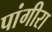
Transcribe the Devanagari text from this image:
पांगीरा